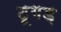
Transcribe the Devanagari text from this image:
दूगड़